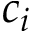
c _ { i }